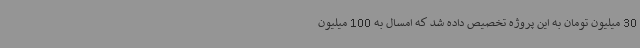
30 میلیون تومان به این پروژه تخصیص داده شد که امسال به 100 میلیون